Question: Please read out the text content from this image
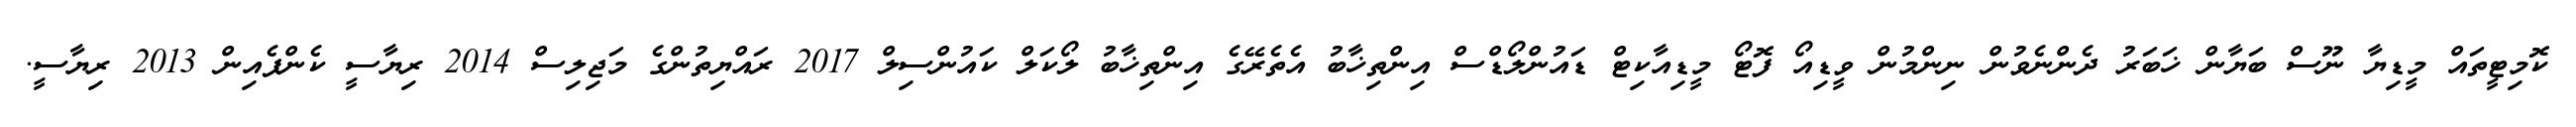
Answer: ކޮމިޓީތައް މީޑިޔާ ނޫސް ބަޔާން ޚަބަރު ދެންނެވުން ނިންމުން ވީޑިއޯ ފޮޓޯ މީޑިއާކިޓް ޑައުންލޯޑްސް އިންތިޚާބު އެތެރޭގެ އިންތިޚާބު ލޯކަލް ކައުންސިލް 2017 ރައްޔިތުންގެ މަޖިލިސް 2014 ރިޔާސީ ކެންޕެއިން 2013 ރިޔާސީ.